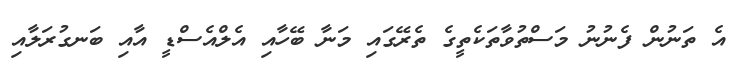
އެ ތަނުން ފެނުނު މަސްތުވާތަކެތީގެ ތެރޭގައި މަނާ ބޭހާއި އެލްއެސްޑީ އާއި ބަނގުރަލާއި